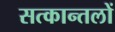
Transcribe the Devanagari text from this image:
सत्कान्तलों